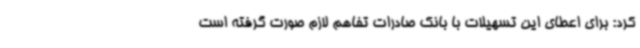
کرد: برای اعطای این تسهیلات با بانک صادرات تفاهم لازم صورت گرفته است